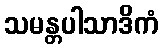
သမန္တပါသာဒိကံ